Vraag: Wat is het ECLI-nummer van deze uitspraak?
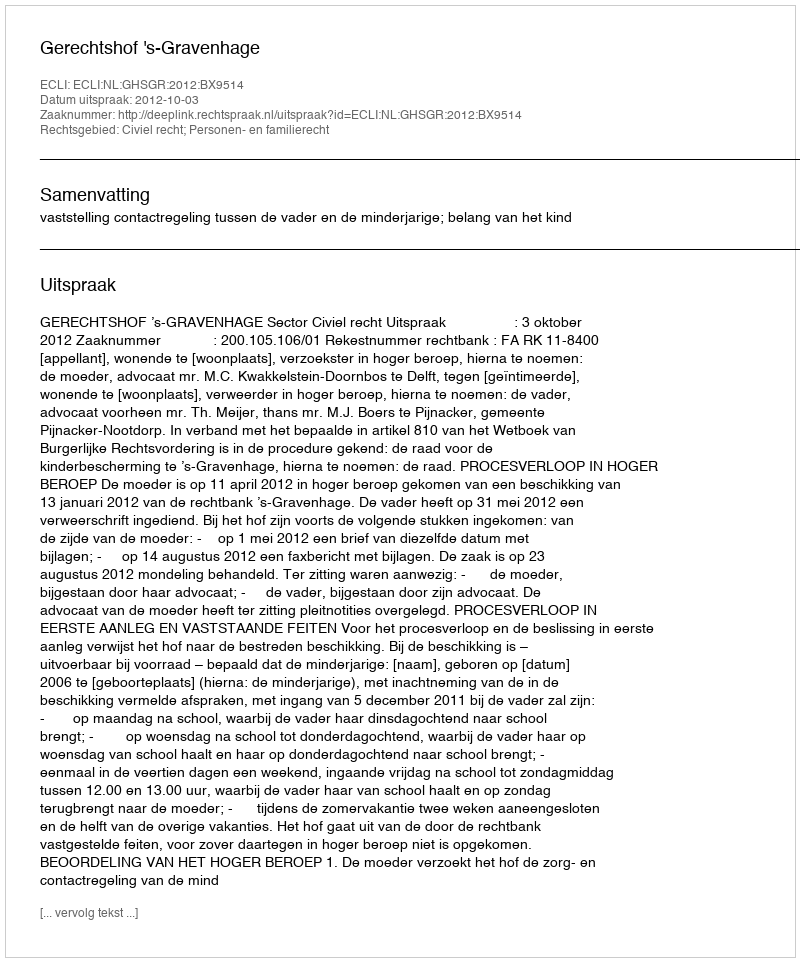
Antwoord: ECLI:NL:GHSGR:2012:BX9514